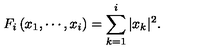
F _ { i } \left( x _ { 1 } , \cdots , x _ { i } \right) = \sum _ { k = 1 } ^ { i } | x _ { k } | ^ { 2 } .